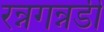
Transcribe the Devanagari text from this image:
रन्नगन्नडी